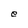
Character: e